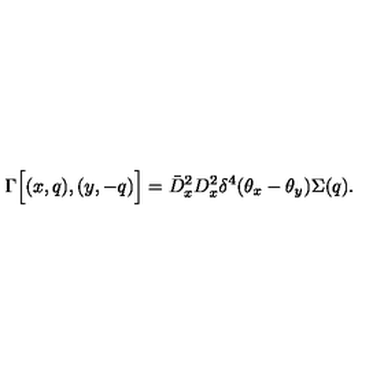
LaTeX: \Gamma \Big [ ( x , q ) , ( y , - q ) \Big ] = \bar { D } _ { x } ^ { 2 } D _ { x } ^ { 2 } \delta ^ { 4 } ( \theta _ { x } - \theta _ { y } ) \Sigma ( q ) .